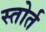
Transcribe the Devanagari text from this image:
स्तोर्त